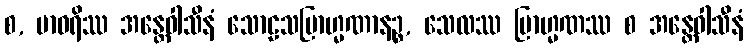
စ, ဗာဝရိဿ အန္တေဝါသီနံ သောဠသဗြာဟ္မဏာနဉ္စ, သေလဿ ဗြာဟ္မဏဿ စ အန္တေဝါသီနံ